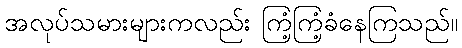
အလုပ်သမားများကလည်း ကြံ့ကြံ့ခံနေကြသည်။